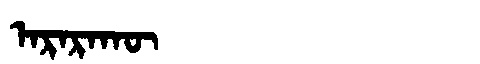
Manchu: ᠠᡵᠠᡵᠠᡴᡡ
Romanization: ARARAKŪ